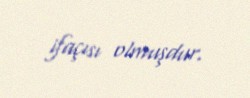
ifaçısı olmuşdur.